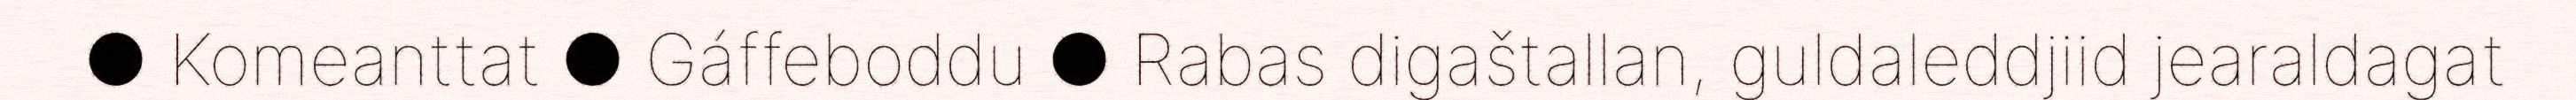
● Komeanttat ● Gáffeboddu ● Rabas digaštallan, guldaleddjiid jearaldagat